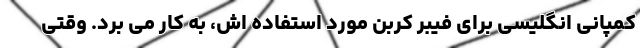
کمپانی انگلیسی برای فیبر کربن مورد استفاده اش، به کار می برد. وقتی